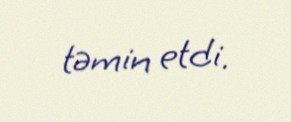
təmin etdi.